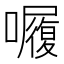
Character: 𭌆